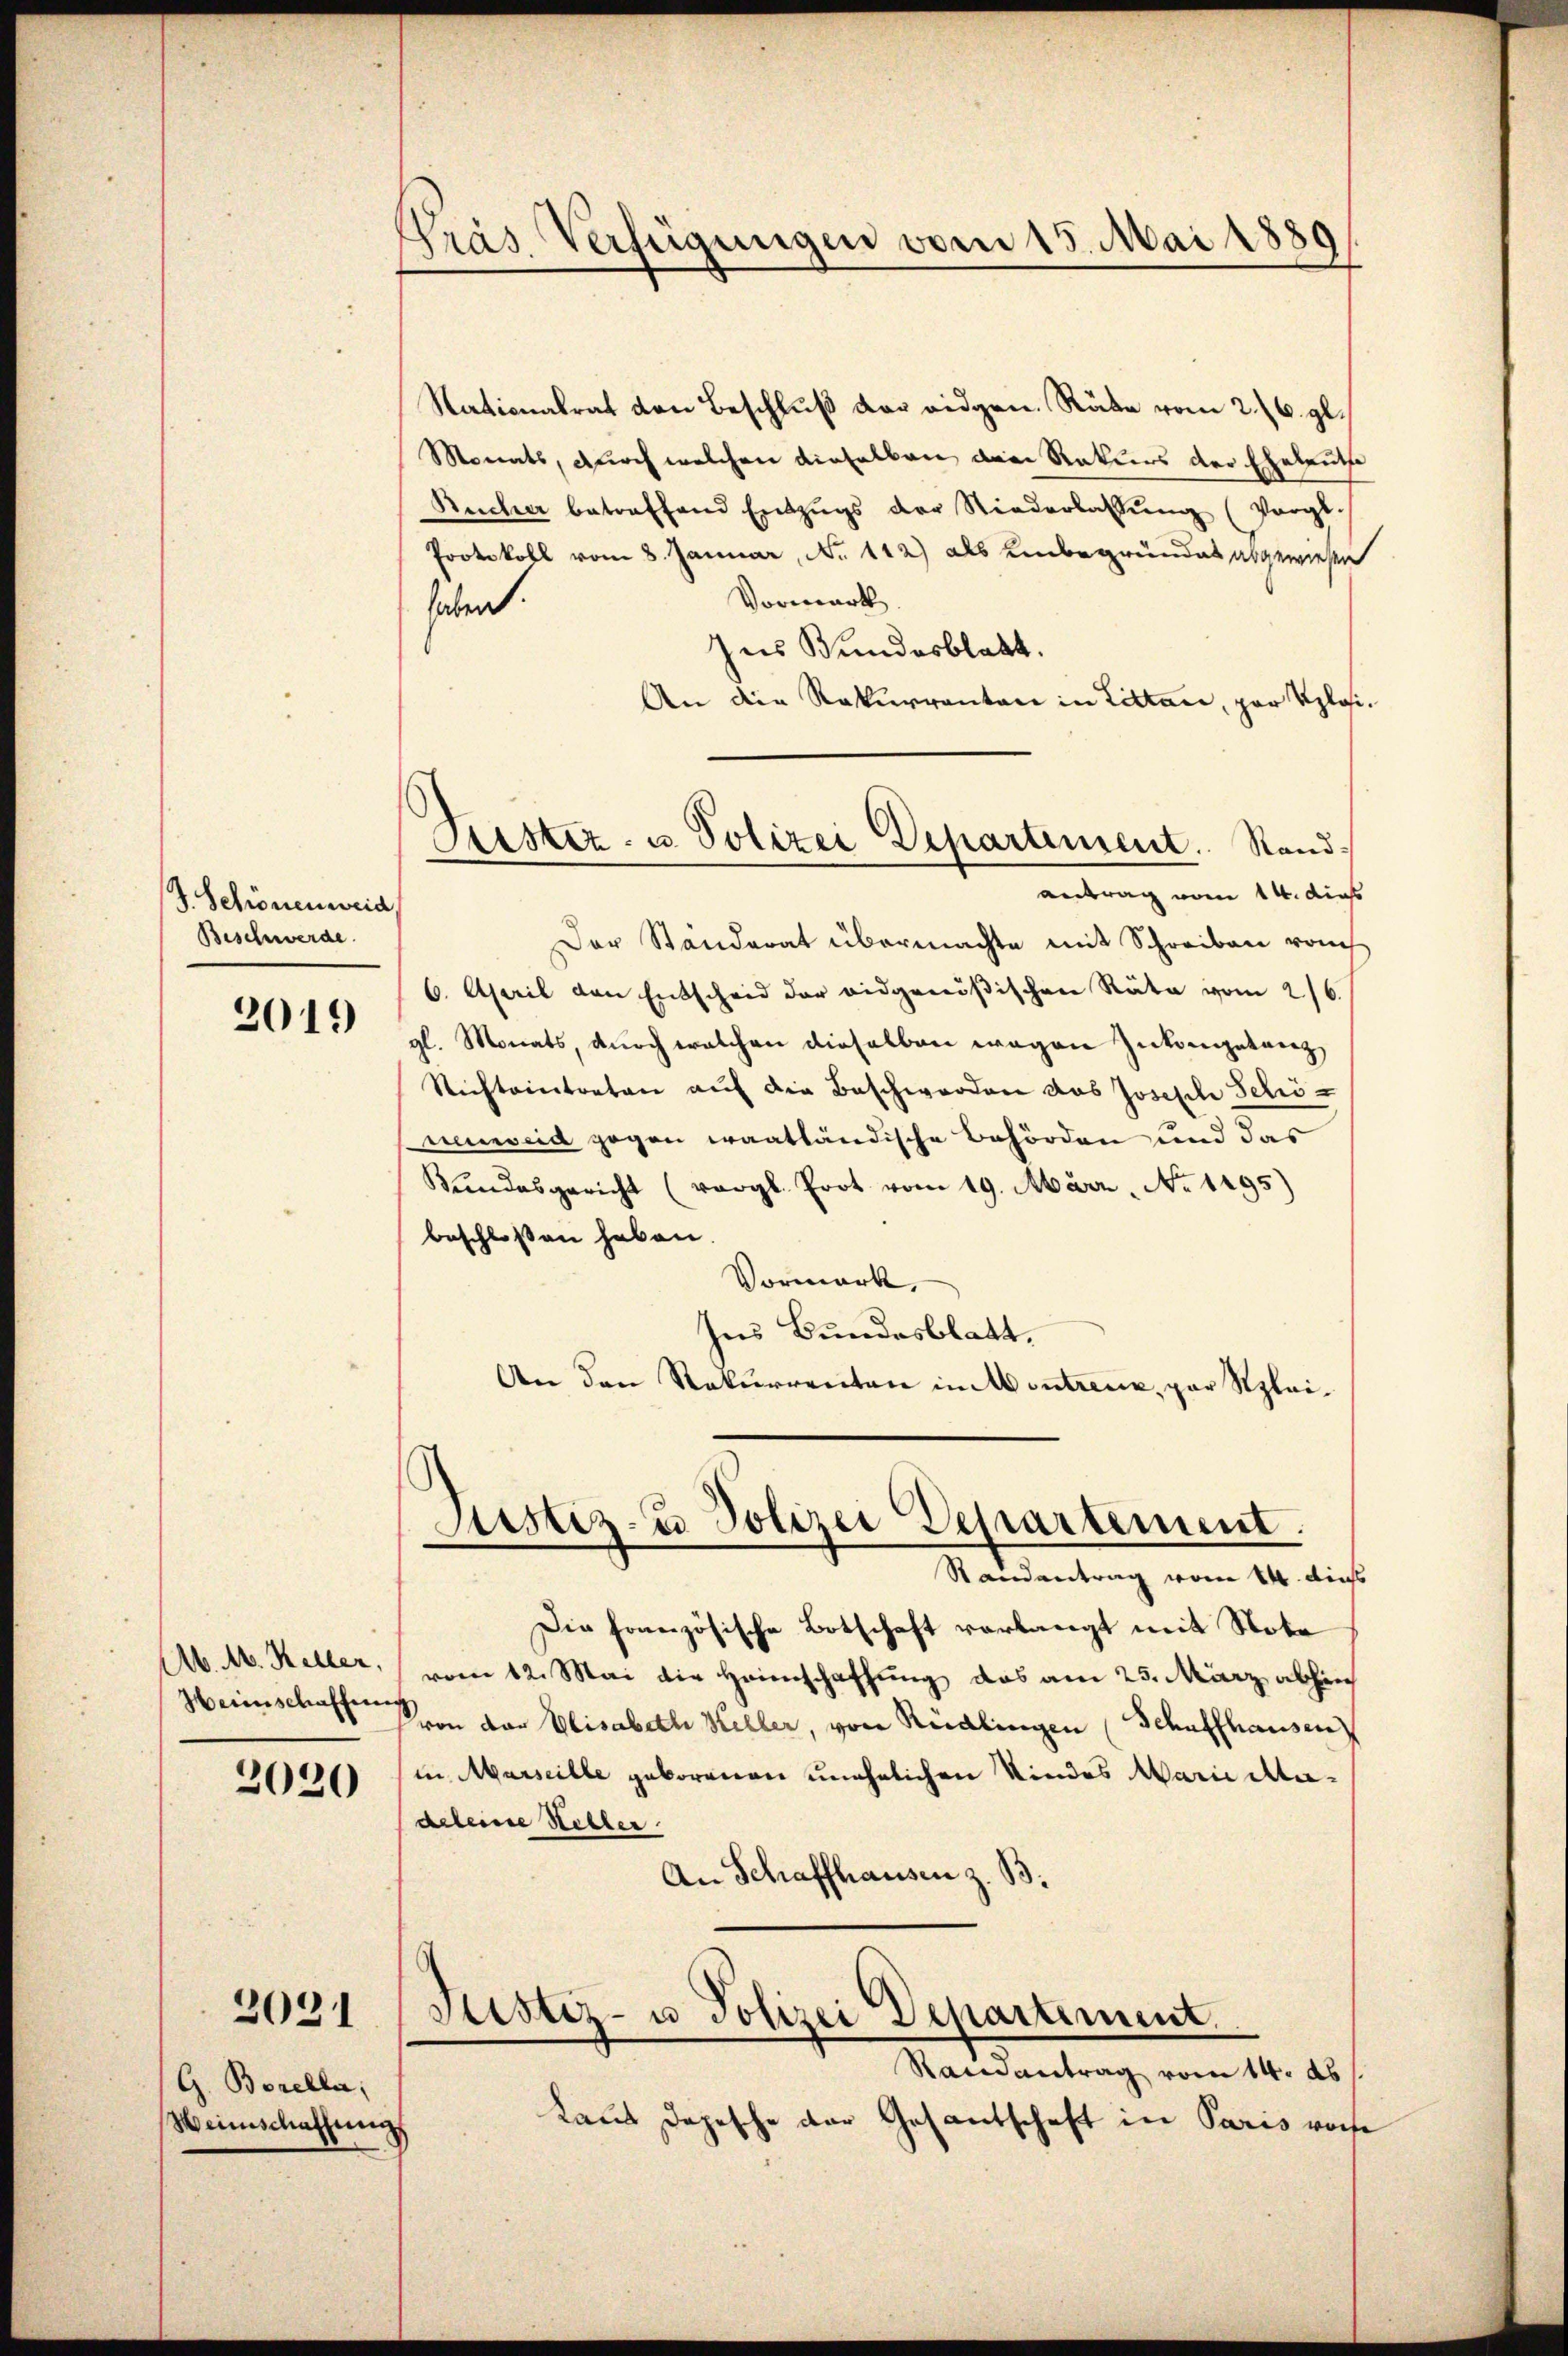
J. Schrönenweid
Beschwerde.

2019

A. M. Keller,
Herischaffen

2020

2031

G. Borella,
Weinschaffung

Pras Verfügungen vom 15. Mai 1839.

Stationalrat von Beschluß der eidgen. Räte vom 2./6. gl.
Monats, durch welchen dieselben dem Rekurs der Eheleuthe
Rucher betreffend Entzŭgs der Niederlassŭng (Pargt.
Protokoll vom 8. Januar, No. 112) als Unbegrundes abgewiesen
Vormerk
haben.
zus Bundesblatt.
An die Rekurrenten in Litter, par Klei¬
Der Ständerat übermachte mit Schreiben rauch
6. April den Entscheid der eidgenößischen Räte vom 216.
gl. Monats, durch welchen dieselben wegen Zukompetenz,
Richteintreten auf die Beschwerden das Joseph Schöneuwseid gegen waatländische Behörden und das
Bundesgericht (vergl. Prot vom 19. März. No 1295)
beschlossen haben.
Vormark,
Ins Bundesblatt,
An den Rekurrenten in Montreux, par Szlei¬

Puster- u. Polizei Departement. Randantrag vom 14. die

Justiz- u Polizei Departement.

Randantrag vom 14. di
Die französische Botschaft verlangt mit Note
vom 12. Mai die Heimschaffung das am 25. März abhin
von der Elisabeth Keller, von Rüdlingen (Schaffhausen
in Marseille geborenen unehelichen Kindes Marie Madeleine Heller.
An Schaffhausen z. B.

Justiz- u Polizei Departement.
Rainantrag vom 14. ds

Laut Depesche der Gesantschaft in Paris vorhe